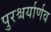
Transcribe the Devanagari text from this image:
पुरश्चर्यार्णव